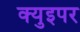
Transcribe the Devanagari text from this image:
क्युइपर